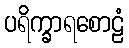
ပရိက္ခာရစောဠံ